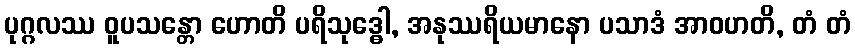
ပုဂ္ဂလဿ ဝူပသန္တော ဟောတိ ပရိသုဒ္ဓေါ, အနုဿရိယမာနော ပသာဒံ အာဝဟတိ, တံ တံ